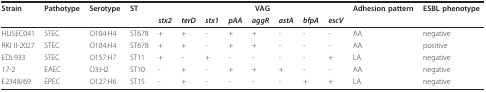
<table><thead><tr><td><b>Strain</b></td><td><b>Pathotype</b></td><td><b>Serotype</b></td><td><b>ST</b></td><td></td><td></td><td></td><td></td><td><b>VAG</b></td><td></td><td></td><td></td><td><b>Adhesion pattern</b></td><td><b>ESBL phenotype</b></td></tr><tr><td></td><td></td><td></td><td></td><td><b><i>stx2</i></b></td><td><b><i>terD</i></b></td><td><b><i>stx1</i></b></td><td><b><i>pAA</i></b></td><td><b><i>aggR</i></b></td><td><b><i>astA</i></b></td><td><b><i>bfpA</i></b></td><td><b><i>escV</i></b></td><td></td><td></td></tr></thead><tbody><tr><td>HUSEC041</td><td>STEC</td><td>O104:H4</td><td>ST678</td><td>+</td><td>+</td><td>-</td><td>+</td><td>+</td><td>-</td><td>-</td><td>-</td><td>AA</td><td>negative</td></tr><tr><td>RKI II-2027</td><td>STEC</td><td>O104:H4</td><td>ST678</td><td>+</td><td>+</td><td>-</td><td>+</td><td>+</td><td>-</td><td>-</td><td>-</td><td>AA</td><td>positive</td></tr><tr><td>EDL933</td><td>STEC</td><td>O157:H7</td><td>ST11</td><td>+</td><td>-</td><td>+</td><td>-</td><td>-</td><td>-</td><td>-</td><td>+</td><td>LA</td><td>negative</td></tr><tr><td>17-2</td><td>EAEC</td><td>O3:H2</td><td>ST10</td><td>-</td><td>+</td><td>-</td><td>+</td><td>+</td><td>+</td><td>-</td><td>-</td><td>AA</td><td>negative</td></tr><tr><td>E2348/69</td><td>EPEC</td><td>O127:H6</td><td>ST15</td><td>-</td><td>+</td><td>-</td><td>-</td><td>-</td><td>-</td><td>+</td><td>+</td><td>LA</td><td>negative</td></tr></tbody></table>